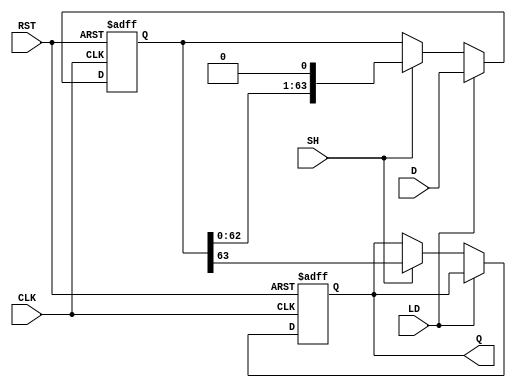
module piso_register (
    input wire [63:0] D,      // 64-bit parallel input data
    input wire LD,            // Load control signal
    input wire SH,            // Shift control signal
    input wire CLK,           // Clock signal
    input wire RST,           // Asynchronous reset signal
    output reg Q              // Serial output
);

    reg [63:0] shift_reg;     // Internal shift register to hold data

    // Asynchronous reset and data loading/shifting logic
    always @(posedge CLK or posedge RST) begin
        if (RST) begin
            // Clear the shift register
            shift_reg <= 64'b0; // Reset all bits to 0
            Q <= 1'b0;          // Clear output
        end else if (LD) begin
            // Load data into shift register
            shift_reg <= D;     // Load data on rising edge of clock
        end else if (SH) begin
            // Shift data out serially
            Q <= shift_reg[63]; // Output the MSB
            shift_reg <= {shift_reg[62:0], 1'b0}; // Shift left by 1 (discard LSB)
        end
    end

endmodule